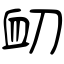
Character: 衂